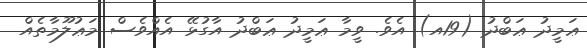
ޢަމީދު ޢަބްދު (19އ) އެވެ. ވީމާ ޢަމީދު ޢަބްދު އާގުޅޭ އެއްވެސް މަޢުލޫމާތެއް